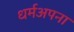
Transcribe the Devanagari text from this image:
धर्मअपना